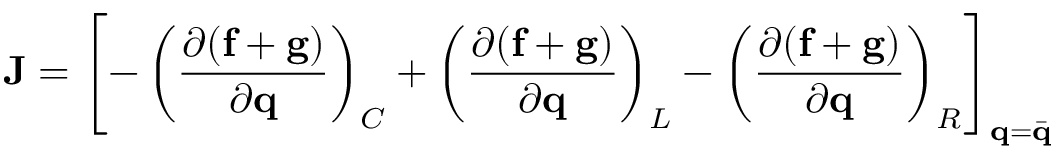
\mathbf { J } = \left[ - \left( \frac { \partial ( \mathbf { f } + \mathbf { g } ) } { \partial \mathbf { q } } \right) _ { C } + \left( \frac { \partial ( \mathbf { f } + \mathbf { g } ) } { \partial \mathbf { q } } \right) _ { L } - \left( \frac { \partial ( \mathbf { f } + \mathbf { g } ) } { \partial \mathbf { q } } \right) _ { R } \right] _ { \mathbf { q } = \Bar { \mathbf { q } } }